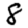
Digit: 8